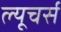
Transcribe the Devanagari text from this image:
ल्यूचर्स